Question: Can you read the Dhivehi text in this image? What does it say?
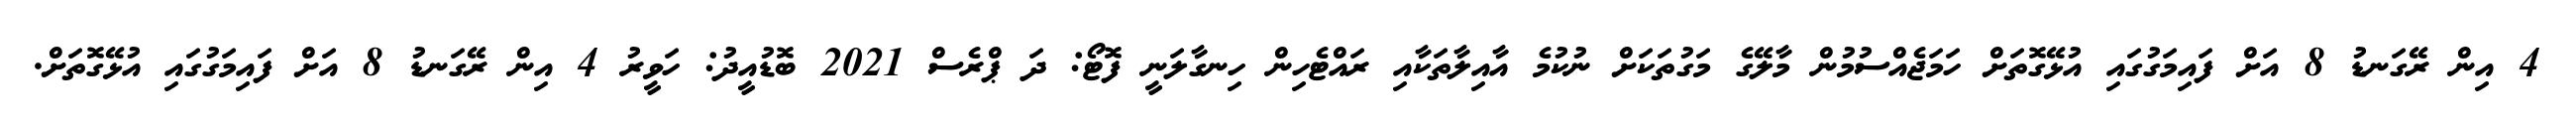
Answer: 4 އިން ރޭގަނޑު 8 އަށް ފައިމަގުގައި އުޅޭގޮތަށް ހަމަޖެއްސުމުން މާލޭގެ މަގުތަކަށް ނުކުމެ އާއިލާތަކާއި ރައްޓެހިން ހިނގާލަނީ ފޮޓޯ: ދަ ޕްރެސް 2021 ބޮޑުއީދު: ހަވީރު 4 އިން ރޭގަނޑު 8 އަށް ފައިމަގުގައި އުޅޭގޮތަށް.